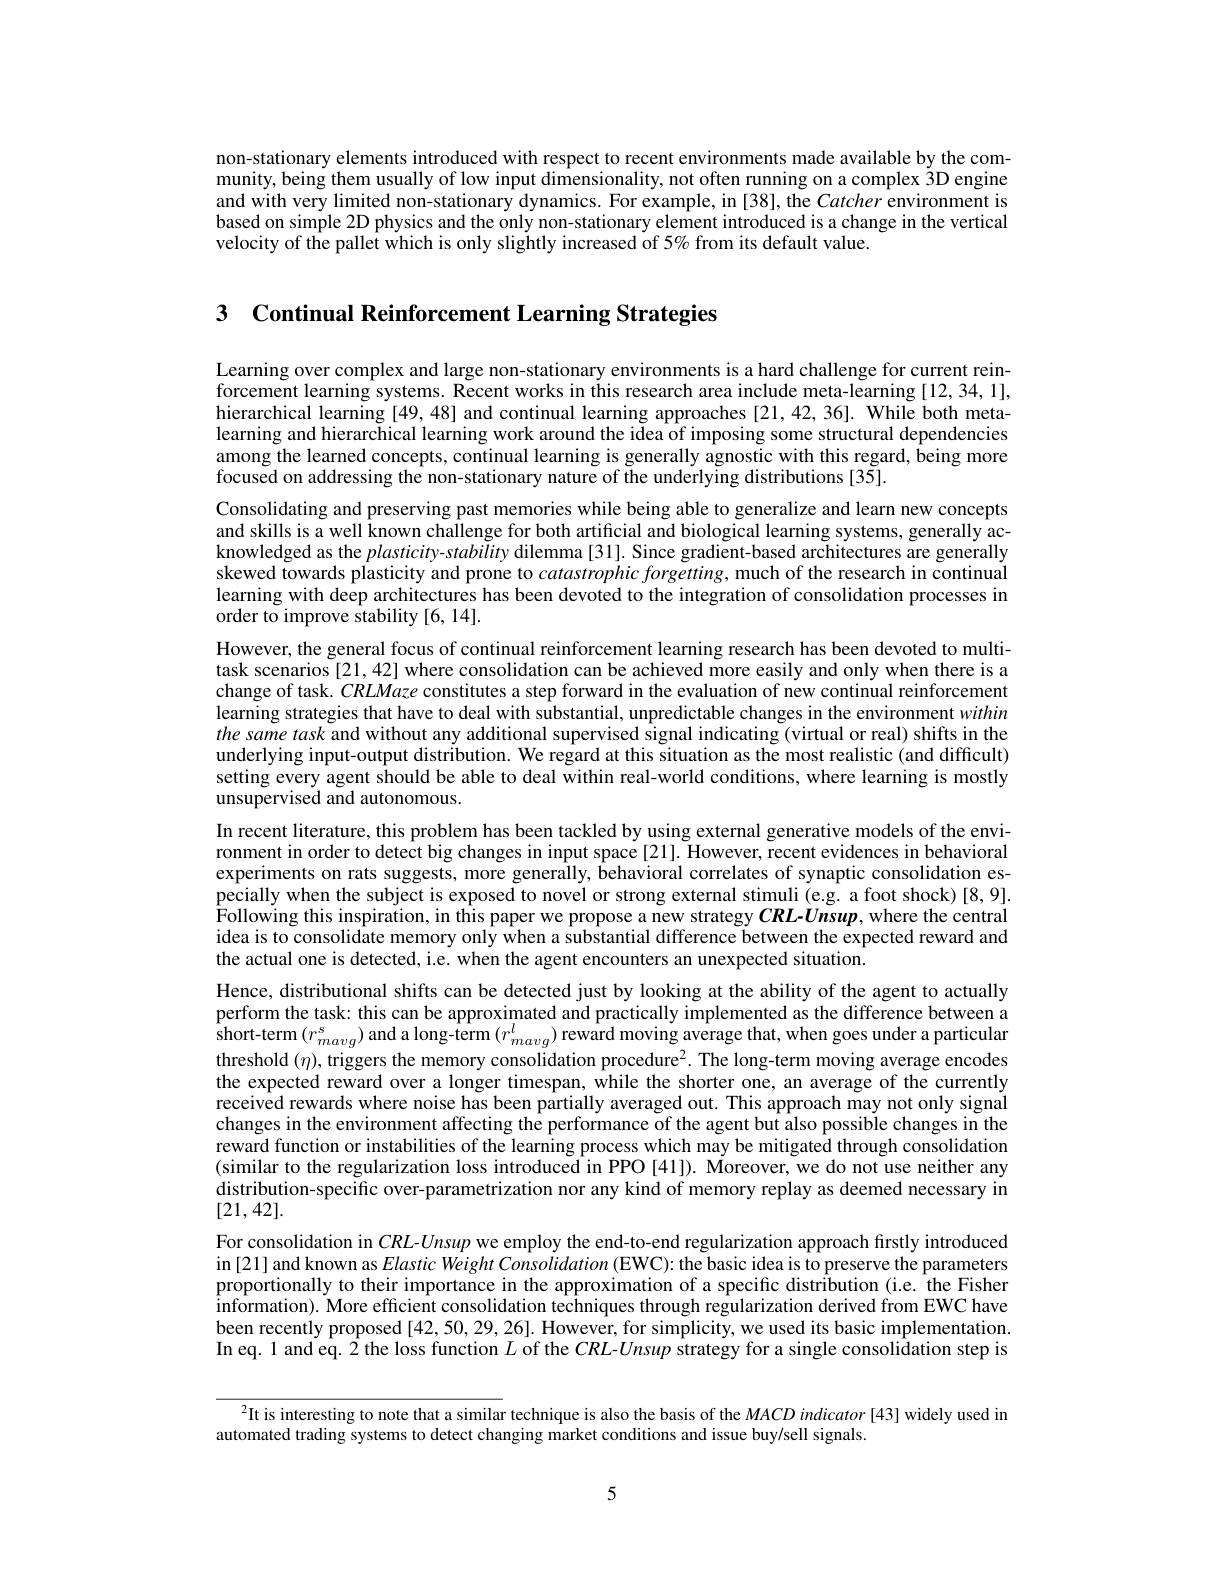
non-stationary elements introduced with respect to recent environments made available by the community, being them usually of low input dimensionality, not often running on a complex $\tilde{3}$D engine and with very limited non-stationary dynamics. For example, in [38], the Catcher environment is based on simple 2D physics and the only non-stationary element introduced is a change in the vertical velocity of the pallet which is only slightly increased of 5% from its default value.

3 $\textbf{Continual Reinforcement Learning Strategies}$

Learning over complex and large non-stationary environments is a hard challenge for current reinforcement learning systems. Recent works in this research area include meta-learning [12,34,1], hierarchical learning [49,48] and continual learning approaches [21,42,36]. While both metalearning and hierarchical learning work around the idea of imposing some structural dependencies among the learned concepts, continual learning is generally agnostic with this regard, being more focused on addressing the non-stationary nature of the underlying distributions [35].
Consolidating and preserving past memories while being able to generalize and learn new concepts and skills is a well known challenge for both artificial and biological learning systems, generally acknowledged as the $plasticity-stability$ dilemma[31]. Since gradient-based architectures are generally skewed towards plasticity and prone to $catastrophicforgetting$, much of the research in continual learning with deep architectures has been devoted to the integration of consolidation processes in order to improve stability [6, 14].
However, the general focus of continual reinforcement learning research has been devoted to multitask scenarios [21,42] where consolidation can be achieved more easily and only when there is a change of task. CRLMaze constitutes a step forward in the evaluation of new continual reinforcement learning strategies that have to deal with substantial, unpredictable changes in the environment within the same task and without any additional supervised signal indicating (virtual or real) shifts in the underlying input-output distribution. We regard at this situation as the most realistic (and difficult) setting every agent should be able to deal within real-world conditions, where learning is mostly unsupervised and autonomous.
In recent literature, this problem has been tackled by using external generative models of the environment in order to detect big changes in input space [21]. However, recent evidences in behavioral experiments on rats suggests, more generally, behavioral correlates of synaptic consolidation especially when the subject is exposed to novel or strong external stimuli (e.g. a foot shock)[8,9]. Following this inspiration, in this paper we propose a new strategy CRL-Unsup, where the central idea is to consolidate memory only when a substantial difference between the expected reward and the actual one is detected, i.e. when the agent encounters an unexpected situation.
Hence, distributional shifts can be detected just by looking at the ability of the agent to actually perform the task: this can be approximated and practically implemented as the difference between a short- term$\left ( r_{mavg}^{s}\right )$and a long-term $(r_mavg^{l})$ reward moving average that, when goes under a particular threshold $(\eta)$, triggers the memory consolidation procedure$^2.$ The long-term moving average encodes the expected reward over a longer timespan, while the shorter one, an average of the currently received rewards where noise has been partially averaged out. This approach may not only signal changes in the environment affecting the performance of the agent but also possible changes in the reward function or instabilities of the learning process which may be mitigated through consolidation (similar to the regularization loss introduced in PPO [41]). Moreover, we do not use neither any distribution-specific over-parametrization nor any kind of memory replay as deemed necessary in [21,42].
For consolidation in $CRL-Unsup$ we employ the end-to-end regularization approach firstly introduced in[21] and known as Elastic Weight Consolidation (EWC): the basic idea is to preserve the parameters proportionally to their importance in the approximation of a specific distribution (i.e. the Fisher information). More efficient consolidation techniques through regularization derived from EWC have been recently proposed [42,50,29,26]. However, for simplicity, we used its basic implementation. In eq. 1 and eq. 2 the loss function $L$ of the $CRL-Unsup$ strategy for a single consolidation step is

$^{2}$It is interesting to note that a similar technique is also the basis of the $MACD\textit{indicator[ 43]  widely used in}$
automated trading systems to detect changing market conditions and issue buy/sell signals

5